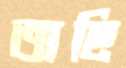
অছি